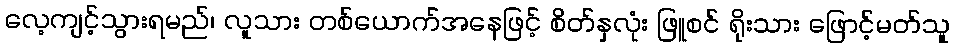
လေ့ကျင့်သွားရမည်၊ လူသား တစ်ယောက်အနေဖြင့် စိတ်နှလုံး ဖြူစင် ရိုးသား ဖြောင့်မတ်သူ